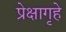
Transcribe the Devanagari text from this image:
प्रेक्षागृहे